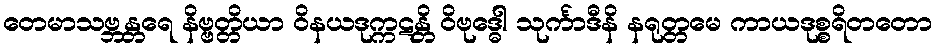
တေမာသဗ္ဘန္တရေ နိဗ္ဗတ္တိယာ ဝိနယဒုက္ကဋန္တိ ဝိဗုဒ္ဓေါ သုင်္ကာဒီနိ နရုတ္တမေ ကာယဒုစ္စရိတတော